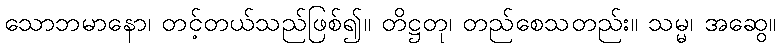
သောဘမာနော၊ တင့်တယ်သည်ဖြစ်၍။ တိဋ္ဌတု၊ တည်စေသတည်း။ သမ္မ၊ အဆွေ။